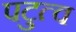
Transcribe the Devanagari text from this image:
पटुत्व